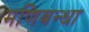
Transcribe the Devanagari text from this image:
मणिबन्धा